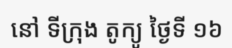
នៅ ទីក្រុង តូក្យូ ថ្ងៃទី ១៦